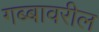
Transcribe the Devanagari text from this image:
गब्बावरील